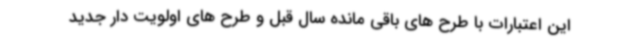
این اعتبارات با طرح های باقی مانده سال قبل و طرح های اولویت دار جدید